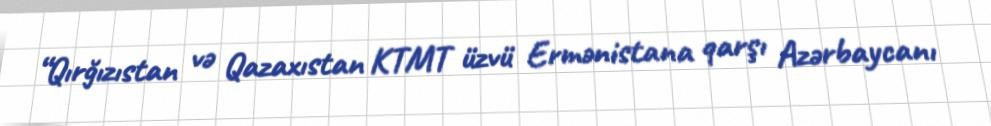
“Qırğızıstan və Qazaxıstan KTMT üzvü Ermənistana qarşı Azərbaycanı